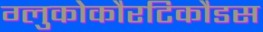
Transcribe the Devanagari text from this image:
ग्लुकोकौरटिकौडस